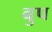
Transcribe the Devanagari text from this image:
बुप